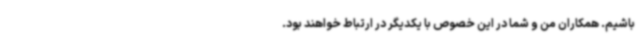
باشیم. همکاران من و شما در این خصوص با یکدیگر در ارتباط خواهند بود.